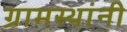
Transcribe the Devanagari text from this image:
ग्रामस्‍थांनी